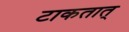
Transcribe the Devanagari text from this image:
टाकतात्